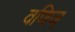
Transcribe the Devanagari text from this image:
वणिज्